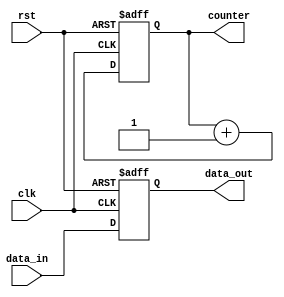
module behavioral_model (
    input wire clk,            // Clock signal
    input wire rst,            // Reset signal
    input wire [7:0] data_in,  // Input data
    output reg [7:0] data_out,  // Output data
    output reg [3:0] counter    // A simple counter
);

// Initial state of the counter and output data
initial begin
    data_out = 8'b0;
    counter = 4'b0;
end

// Always block triggered on the rising edge of the clock
always @(posedge clk or posedge rst) begin
    if (rst) begin
        // Reset logic: Initialize data_out and counter
        data_out <= 8'b0;
        counter <= 4'b0;
    end else begin
        // Sequential logic: Update data_out and counter
        data_out <= data_in;        // Store input data on clock edge
        counter <= counter + 1;     // Increment counter on each clock edge
    end
end

endmodule